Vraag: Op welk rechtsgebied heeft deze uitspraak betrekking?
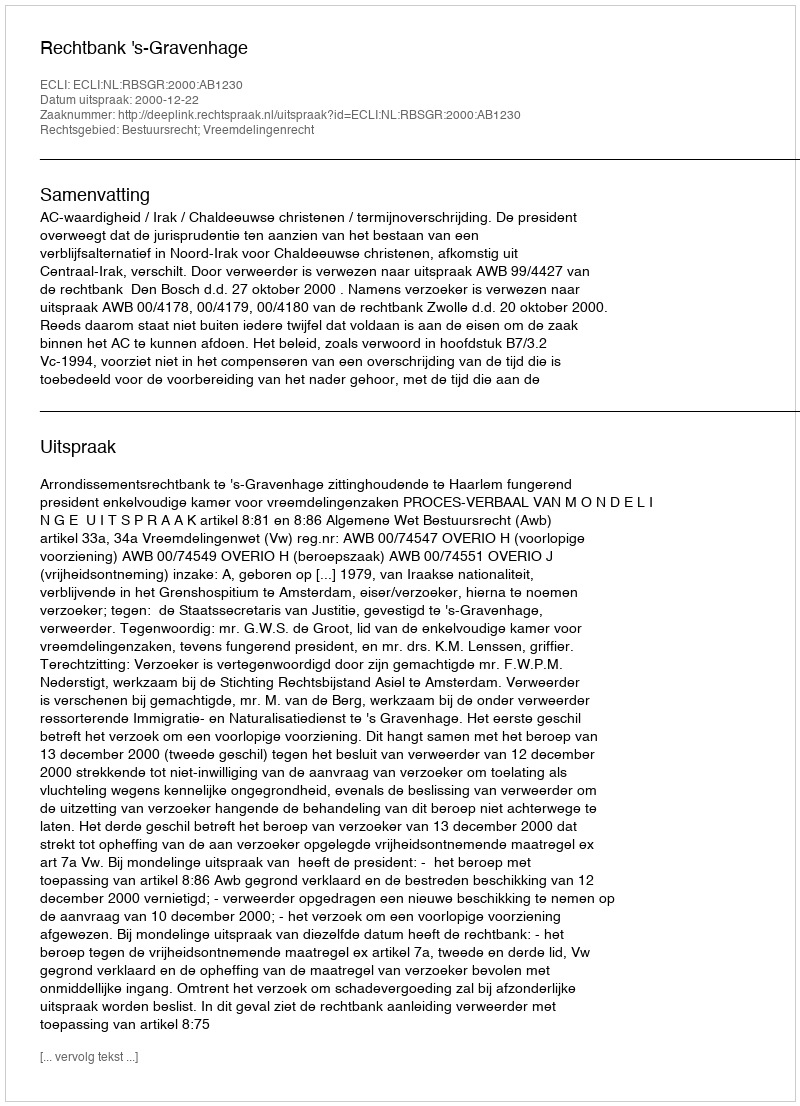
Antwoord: Bestuursrecht; Vreemdelingenrecht